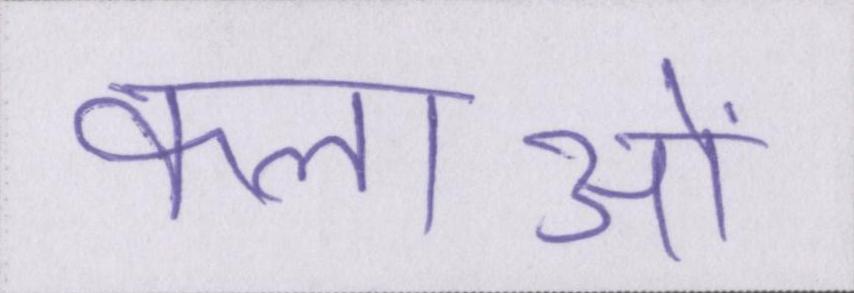
कलाओं